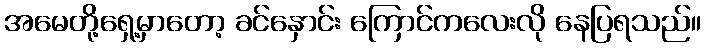
အမေတို့ရှေ့မှာတော့ ခင်နှောင်း ကြောင်ကလေးလို နေပြရသည်။